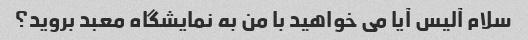
سلام آلیس آیا می خواهید با من به نمایشگاه معبد بروید؟